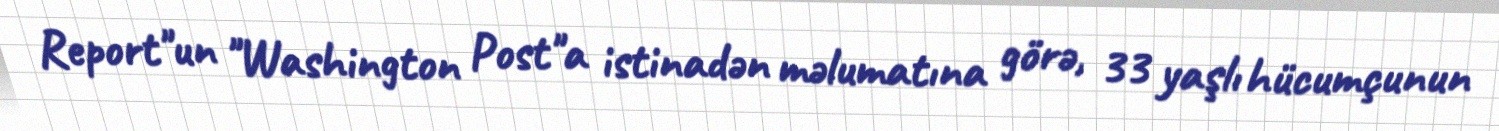
Report"un "Washington Post"a istinadən məlumatına görə, 33 yaşlı hücumçunun